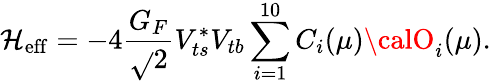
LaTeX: {\cal\mathcal{H}}_{\mathrm{{eff}}}=-4\frac{{G_{F}}}{{\sqrt{}{{2}}}}V_{ts}^{*}V_{tb}\sum_{i=1}^{10}C_{i}(\mu){\calO}_{i}(\mu).